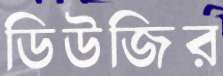
ডিউজির